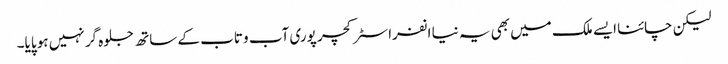
لیکن چائنا ایسے ملک میں بھی یہ نیا انفراسٹرکچر پوری آب و تاب کے ساتھ جلوہ گر نہیں ہو پایا۔